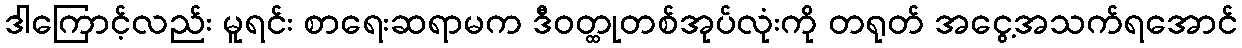
ဒါကြောင့်လည်း မူရင်း စာရေးဆရာမက ဒီဝတ္ထုတစ်အုပ်လုံးကို တရုတ် အငွေ့အသက်ရအောင်